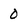
Character: 0